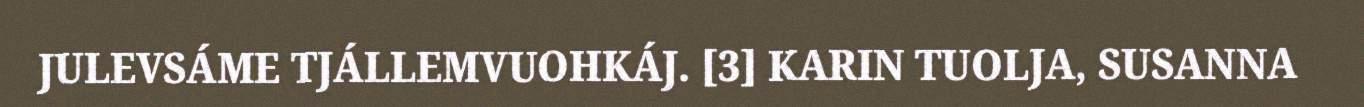
JULEVSÁME TJÁLLEMVUOHKÁJ. [3] KARIN TUOLJA, SUSANNA